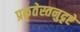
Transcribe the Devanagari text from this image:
प्रकृतेस्तनुदृष्टे